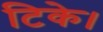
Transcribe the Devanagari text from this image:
टिके।